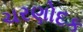
ચરણોદક